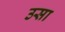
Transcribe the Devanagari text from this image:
उसा